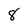
Character: 8